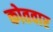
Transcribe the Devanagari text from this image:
कोतवार